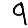
Digit: 9